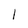
Character: I